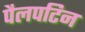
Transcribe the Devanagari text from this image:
पैलपटिन